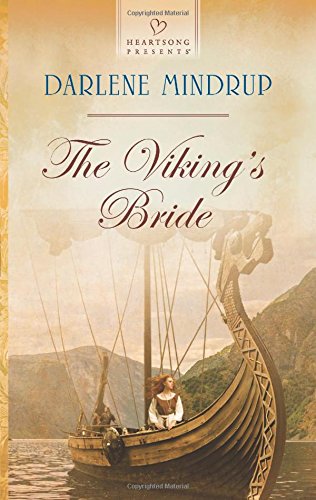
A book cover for The Viking's Bride (Heartsong Presents); Darlene Mindrup; Romance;